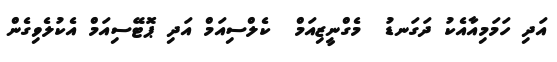
އަދި ހަމަމިއާއެކު ދަގަނޑު  މެގްނީޒިއަމް  ކެލްސިއަމް އަދި ޕޮޓޭސިއަމް އެކުލެވިގެން